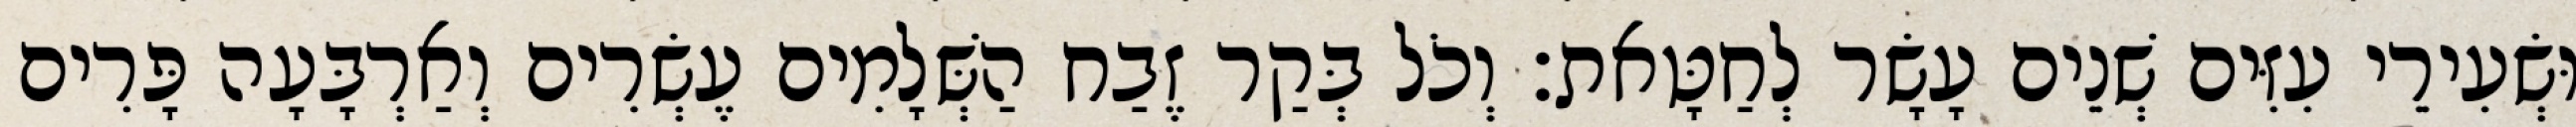
וּשְׂעִירֵי עִזִּים שְׁנֵים עָשָׂר לְחַטָּאת׃ וְכֹל בְּקַר זֶבַח הַשְּׁלָמִים עֶשְׂרִים וְאַרְבָּעָה פָּרִים